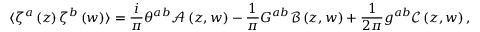
\langle \zeta ^ { a } \left( z \right) \zeta ^ { b } \left( w \right) \rangle = \frac { i } { \pi } \theta ^ { a b } \mathcal { A } \left( z , w \right) - \frac { 1 } { \pi } G ^ { a b } \mathcal { B } \left( z , w \right) + \frac { 1 } { 2 \pi } g ^ { a b } \mathcal { C } \left( z , w \right) ,